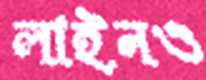
লাইনও